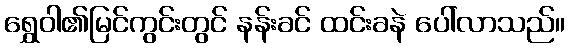
ရွှေဝါ၏မြင်ကွင်းတွင် နန်းခင် ထင်းခနဲ ပေါ်လာသည်။